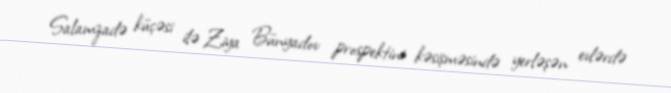
Salamzadə küçəsi ilə Ziya Bünyadov prospektini kəsişməsində yerləşən evlərdə